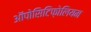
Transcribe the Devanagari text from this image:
ऑपोसिटिफ़ोलियम